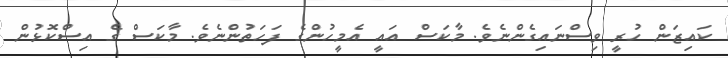
ކައިޒަން ހުރީ ވިސްނައިގެންނެވެ. މާކަސް އައީ އެމީހުންގެ ފަހަތުންނެވެ. މާކަސް ގެ އިސްކޮޅުން